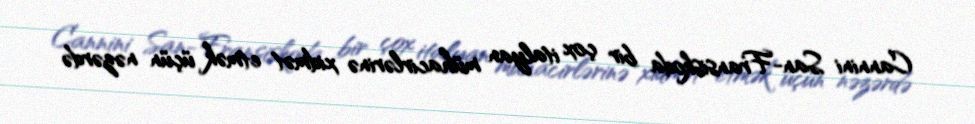
Cannini San-Fransiskoda bir çox italyan mühacirlərinə xidmət etmək üçün nəzərdə